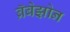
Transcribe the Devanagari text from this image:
ब्रॅबेझोन